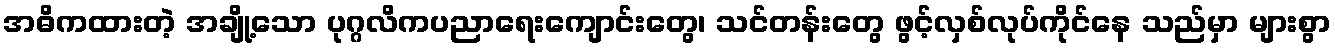
အဓိကထားတဲ့ အချို့သော ပုဂ္ဂလိကပညာရေးကျောင်းတွေ၊ သင်တန်းတွေ ဖွင့်လှစ်လုပ်ကိုင်နေ သည်မှာ များစွာ